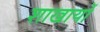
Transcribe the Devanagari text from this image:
शाखायों